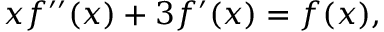
x f ^ { \prime \prime } ( x ) + 3 f ^ { \prime } ( x ) = f ( x ) ,